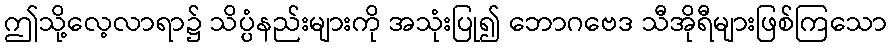
ဤသို့လေ့လာရာ၌ သိပ္ပံနည်းများကို အသုံးပြု၍ ဘောဂဗေဒ သီအိုရီများဖြစ်ကြသော